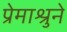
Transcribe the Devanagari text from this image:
प्रेमाश्रुने